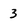
Character: 3